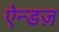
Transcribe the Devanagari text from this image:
ऐन्डज़